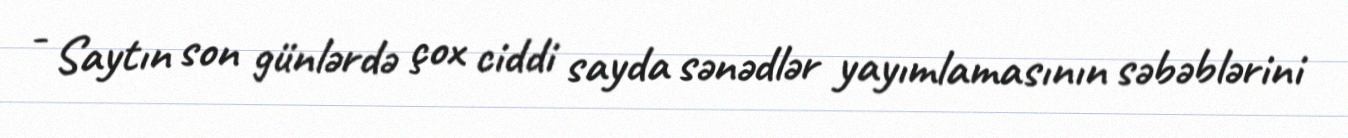
- Saytın son günlərdə çox ciddi sayda sənədlər yayımlamasının səbəblərini